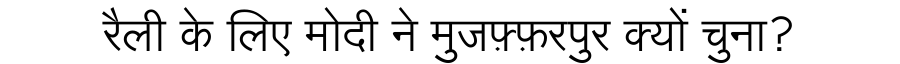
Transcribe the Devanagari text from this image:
रैली के लिए मोदी ने मुजफ़्फ़रपुर क्यों चुना?